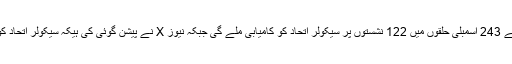
بعض قیاس آرائی کے مطابق بہار کے 243 اسمبلی حلقوں میں 122 نشستوں پر سیکولر اتحاد کو کامیابی ملے گی جبکہ نیوز X نے پیشن گوئی کی ہیکہ سیکولر اتحاد کو 130 تا 140 نشستیں مل رہی ہیں۔